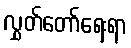
လွှတ်တော်ရေးရာ